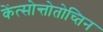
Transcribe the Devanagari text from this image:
केंत्सोन्तोतोच्तिन